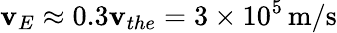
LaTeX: \mathbf{v}_{E}\approx0.3\mathbf{v}_{the}=3\times10^{5}\, \mathrm{{m/s}}